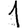
Digit: 1